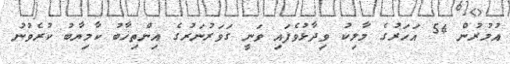
އުމުރުން 54 އަހަރުގެ މާލިކު ވިދާޅުވެފައި ވަނީ ގަވަރުނަރުގެ އިންތިޚާބު ކާމިޔާބު ކުރެވުނު